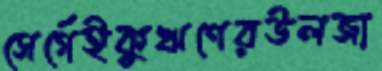
সের্গেইকুঋণেরউলজা